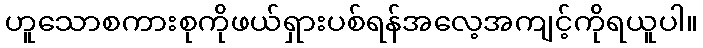
ဟူသောစကားစုကိုဖယ်ရှားပစ်ရန်အလေ့အကျင့်ကိုရယူပါ။